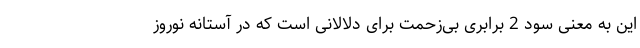
این به معنی سود 2 برابری بی‌زحمت برای دلالانی است که در آستانه نوروز